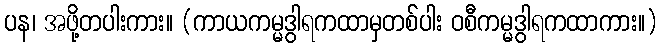
ပန၊ အဖို့တပါးကား။ (ကာယကမ္မဒွါရကထာမှတစ်ပါး ဝစီကမ္မဒွါရကထာကား။)